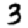
Digit: 3